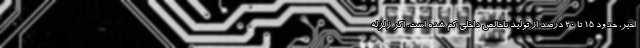
اخیر، حدود ۱۵ تا ۲۰ درصد از تولید ناخالص داخلی کم شده است. اگر زلزله